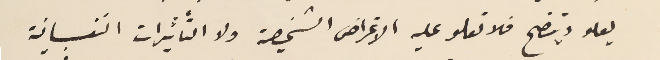
يعلو ويتضح فلا تعلو عليه الاغراض الشخصية ولا التاثيرات النفسانية